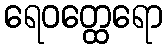
ရေဝတ္ထေရော